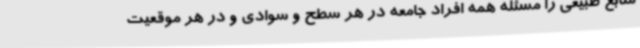
منابع طبیعی را مسئله همه افراد جامعه در هر سطح و سوادی و در هر موقعیت